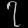
Digit: ၇